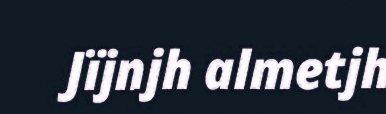
Jïjnjh almetjh